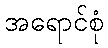
အရောင်စုံ